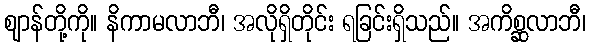
ဈာန်တို့ကို။ နိကာမလာဘီ၊ အလိုရှိတိုင်း ရခြင်းရှိသည်။ အကိစ္ဆလာဘီ၊